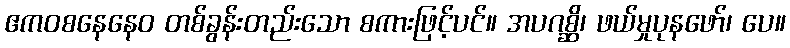
ဧကဝစနေနေဝ တစ်ခွန်းတည်းသော စကားဖြင့်ပင်။ အပဂစ္ဆိ၊ ဖယ်မှုပုနဖော်၊ ပေ။